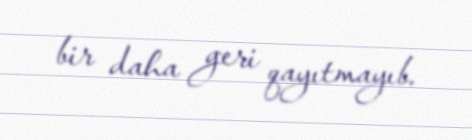
bir daha geri qayıtmayıb.